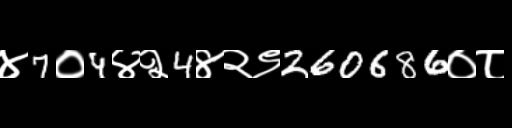
Text: ४7०4४२4४२९260686०८